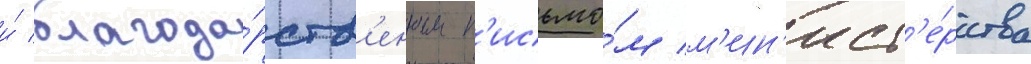
и́ благода́рств'енным п'исьмо́м м'ин'ист'е́рства